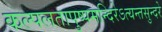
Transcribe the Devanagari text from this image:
कल्पलतापुष्पमन्दिरेऽत्यन्तसुन्दरे